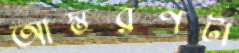
আস্তরণটা